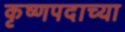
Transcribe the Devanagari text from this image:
कृष्णपदाच्या